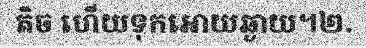
តិច ហើយទុកអោយឆ្ងាយ។២.